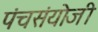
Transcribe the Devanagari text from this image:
पंचसंयोजी